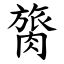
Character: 膐